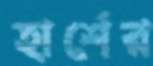
হার্শের